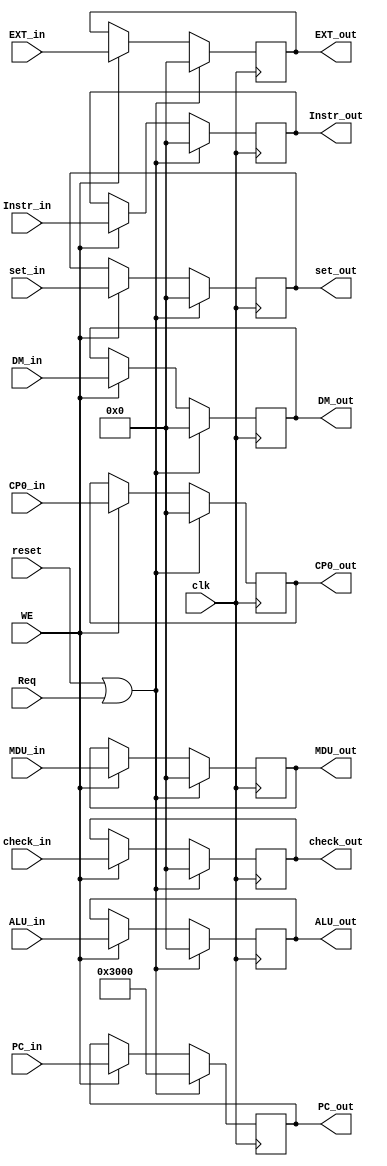
module W_REG (
        input clk,
        input reset,
        input WE,
        input Req,
        input [31: 0] PC_in,
        input [31: 0] Instr_in,
        input [31: 0] EXT_in,
        input [31: 0] ALU_in,
        input [31: 0] MDU_in,
        input [31: 0] DM_in,
        input [31: 0] CP0_in,
        output reg [31: 0] PC_out,
        output reg [31: 0] Instr_out,
        output reg [31: 0] EXT_out,
        output reg [31: 0] ALU_out,
        output reg [31: 0] MDU_out,
        output reg [31: 0] DM_out,
        output reg [31: 0] CP0_out,

        input [31: 0] check_in,
        input [31: 0] set_in,
        output reg [31: 0] check_out,
        output reg [31: 0] set_out
    );

    always @(posedge clk) begin
        if (reset || Req) begin
            PC_out <= 32'h3000;
            Instr_out <= 0;
            EXT_out <= 0;
            ALU_out <= 0;
            MDU_out <= 0;
            DM_out <= 0;
            check_out <= 0;
            set_out <= 0;
            CP0_out <= 0;
        end
        else if (WE) begin
            PC_out <= PC_in;
            Instr_out <= Instr_in;
            EXT_out <= EXT_in;
            ALU_out <= ALU_in;
            MDU_out <= MDU_in;
            DM_out <= DM_in;
            check_out <= check_in;
            set_out <= set_in;
            CP0_out <= CP0_in;
        end
    end

endmodule